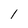
Character: l